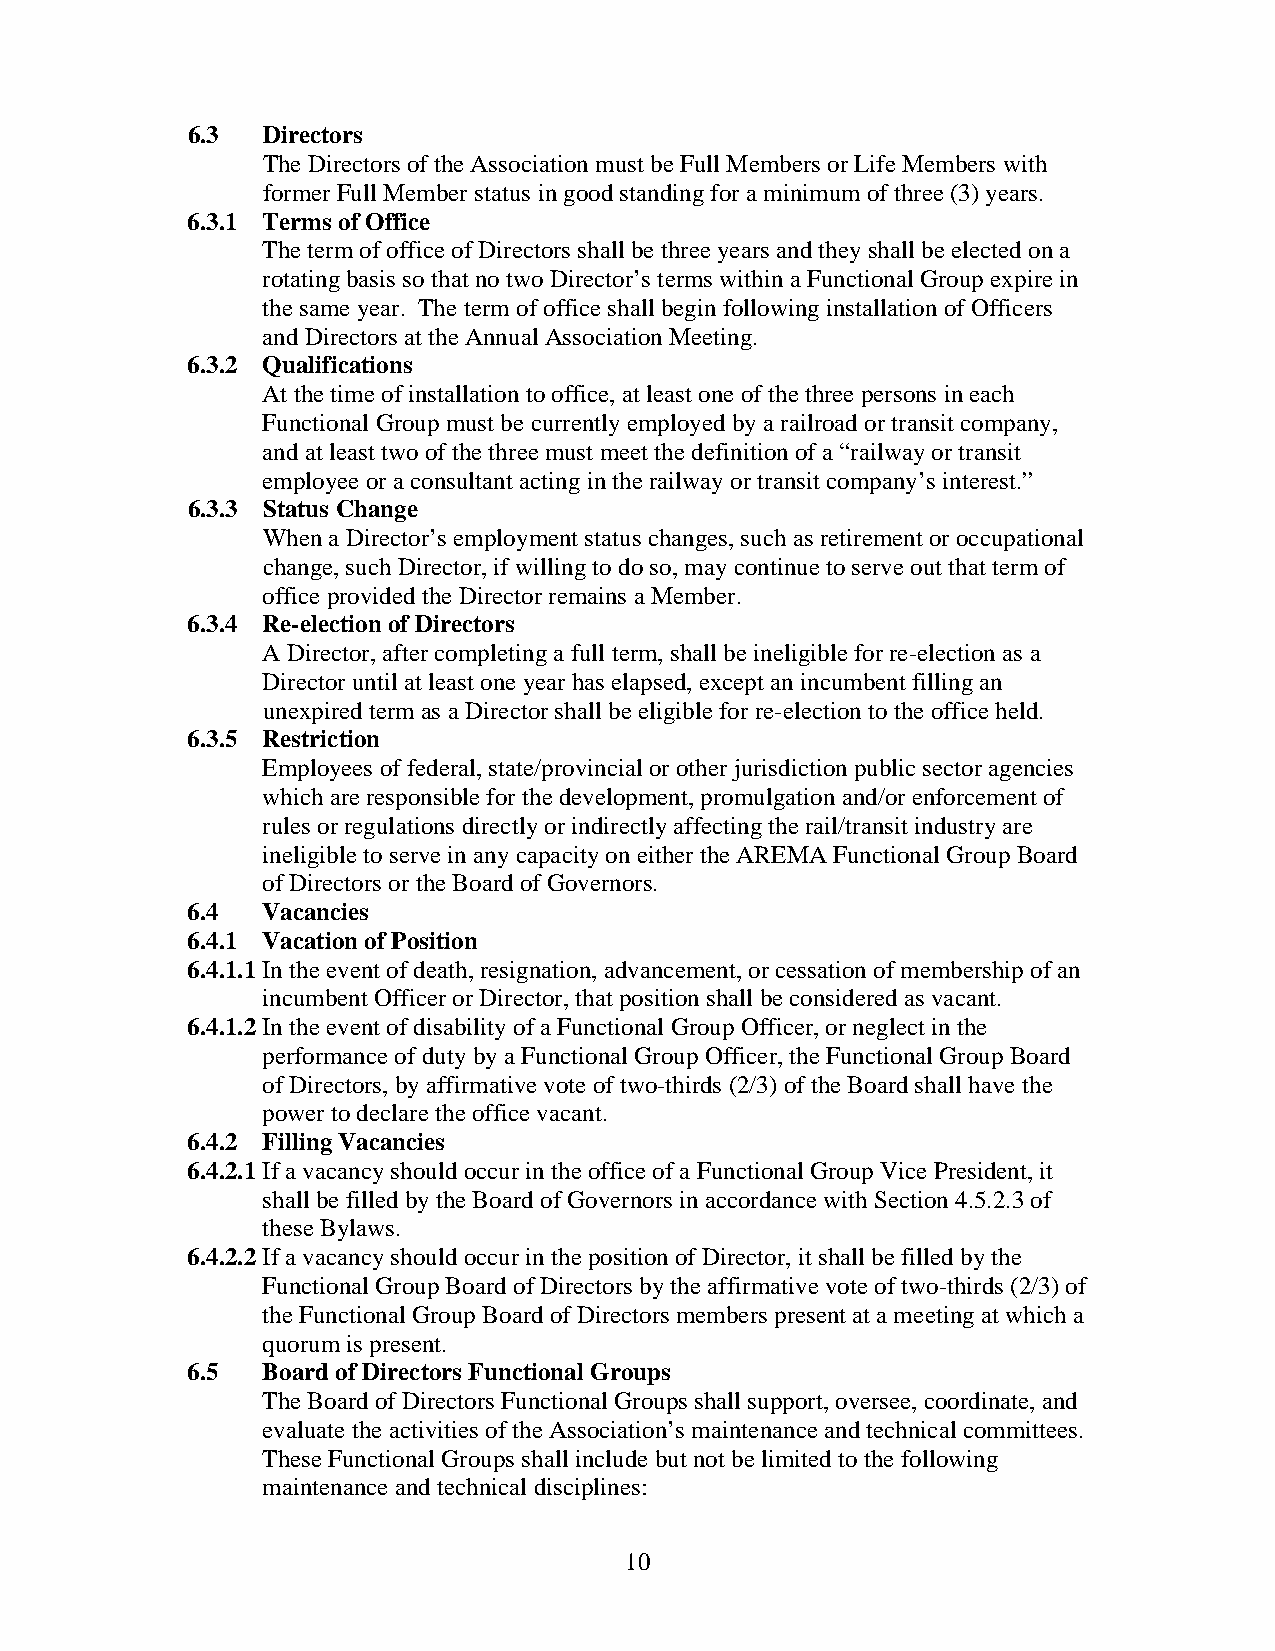
6.3  Directors
 The Directors of the Association must be Full Members or Life Members with
 former Full Member status in good standing for a minimum of three (3) years.
 6.3.1 Terms of Office
 The term of office of Directors shall be three years and they shall be elected on a
 rotating basis so that no two Director’s terms within a Functional Group expire in
 the same year. The term of office shall begin following installation of Officers
 and Directors at the Annual Association Meeting.
 6.3.2 Qualifications
 At the time of installation to office, at least one of the three persons in each
 Functional Group must be currently employed by a railroad or transit company,
 and at least two of the three must meet the definition of a “railway or transit
 employee or a consultant acting in the railway or transit company’s interest.”
 6.3.3 Status Change
 When a Director’s employment status changes, such as retirement or occupational
 change, such Director, if willing to do so, may continue to serve out that term of
 office provided the Director remains a Member.
 6.3.4 Re-election of Directors
 A Director, after completing a full term, shall be ineligible for re-election as a
 Director until at least one year has elapsed, except an incumbent filling an
 unexpired term as a Director shall be eligible for re-election to the office held.
 6.3.5 Restriction
 Employees of federal, state/provincial or other jurisdiction public sector agencies
 which are responsible for the development, promulgation and/or enforcement of
 rules or regulations directly or indirectly affecting the rail/transit industry are
 ineligible to serve in any capacity on either the AREMA Functional Group Board
 of Directors or the Board of Governors.
 6.4  Vacancies
 6.4.1 Vacation of Position
 6.4.1.1 In the event of death, resignation, advancement, or cessation of membership of an
 incumbent Officer or Director, that position shall be considered as vacant.
 6.4.1.2 In the event of disability of a Functional Group Officer, or neglect in the
 performance of duty by a Functional Group Officer, the Functional Group Board
 of Directors, by affirmative vote of two-thirds (2/3) of the Board shall have the
 power to declare the office vacant.
 6.4.2 Filling Vacancies
 6.4.2.1 If a vacancy should occur in the office of a Functional Group Vice President, it
 shall be filled by the Board of Governors in accordance with Section 4.5.2.3 of
 these Bylaws.
 6.4.2.2 If a vacancy should occur in the position of Director, it shall be filled by the
 Functional Group Board of Directors by the affirmative vote of two-thirds (2/3) of
 the Functional Group Board of Directors members present at a meeting at which a
 quorum is present.
 6.5  Board of Directors Functional Groups
 The Board of Directors Functional Groups shall support, oversee, coordinate, and
 evaluate the activities of the Association’s maintenance and technical committees.
 These Functional Groups shall include but not be limited to the following
 maintenance and technical disciplines:
 10